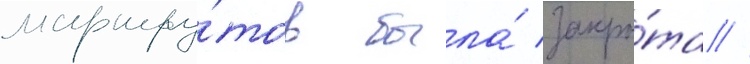
маршру́тов была́ закры́та //